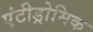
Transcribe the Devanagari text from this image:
एंटीड्रोमिक